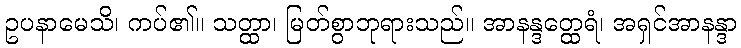
ဥပနာမေသိ၊ ကပ်၏။ သတ္ထာ၊ မြတ်စွာဘုရားသည်။ အာနန္ဒတ္ထေရံ၊ အရှင်အာနန္ဒာ